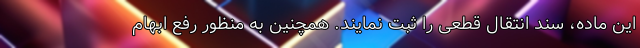
این ماده، سند انتقال قطعی را ثبت نمایند. همچنین به منظور رفع ابهام